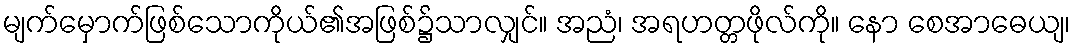
မျက်မှောက်ဖြစ်သောကိုယ်၏အဖြစ်၌သာလျှင်။ အညံ၊ အရဟတ္တဖိုလ်ကို။ နော စေအာဓေယျ၊